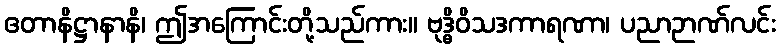
ဧတာနိဋ္ဌာနာနိ၊ ဤအကြောင်းတို့သည်ကား။ ဗုဒ္ဓိဝိသဒကာရဏာ၊ ပညာဉာဏ်လင်း